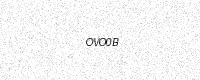
Text: OVO0B